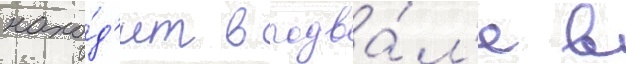
нахо́д'ит в подва́л'е в